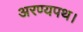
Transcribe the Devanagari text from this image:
अरण्यपथ।